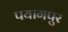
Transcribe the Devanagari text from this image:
पयागपुर